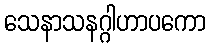
သေနာသနဂ္ဂါဟာပကော